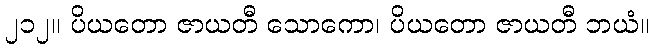
၂၁၂။ ပိယတော ဇာယတီ သောကော၊ ပိယတော ဇာယတီ ဘယံ။